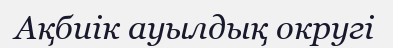
Ақбиік ауылдық округі